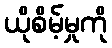
ယိုစိမ့်မှုကို